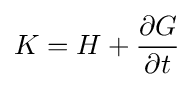
K=H+{\frac {\partial G}{\partial t}}